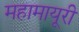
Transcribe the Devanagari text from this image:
महामायूरी